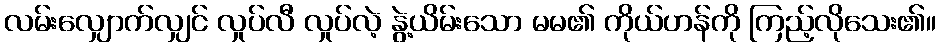
လမ်းလျှောက်လျှင် လှုပ်လီ လှုပ်လဲ့ နွဲ့ယိမ်းသော မမ၏ ကိုယ်ဟန်ကို ကြည့်လိုသေး၏။